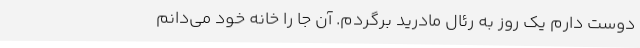
دوست دارم یک روز به رئال مادرید برگردم. آن جا را خانه خود می‌دانم